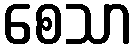
စေသာ